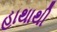
હાથાથી